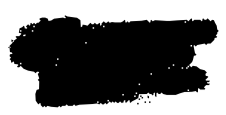
Text: The
Cross-out: scratch
Writing tool: digital_black